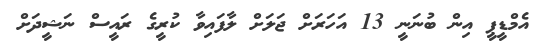
އެމްޑީޕީ އިން ބުނަނީ 13 އަހަރަށް ޖަލަށް ލާފައިވާ ކުރީގެ ރައީސް ނަަޝީދަށް